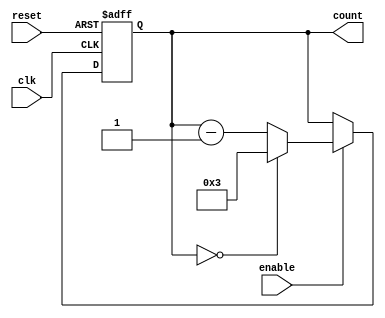
module ModuloN_Down_Counter (
    input wire clk,
    input wire reset,
    input wire enable,
    output reg [N-1:0] count
);

parameter N = 4; // Specify the modulo value N

always @(posedge clk or posedge reset) begin
    if (reset) begin
        count <= 0;
    end else begin
        if (enable) begin
            if (count == 0) begin
                count <= N-1;
            end else begin
                count <= count - 1;
            end
        end
    end
end

endmodule